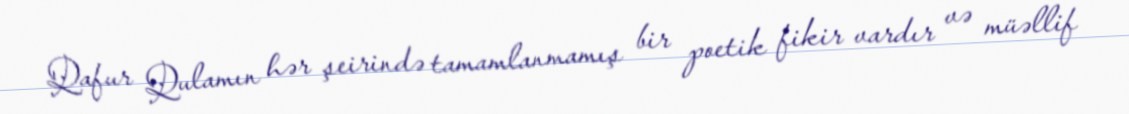
Qafur Qulamın hər şeirində tamamlanmamış bir poetik fikir vardır və müəllif